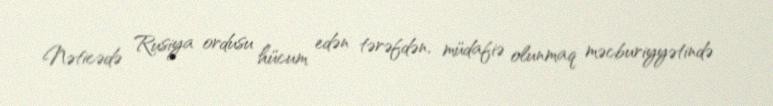
Nəticədə Rusiya ordusu hücum edən tərəfdən, müdafiə olunmaq məcburiyyətində